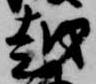
越